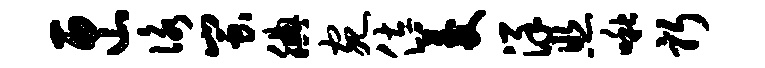
匣咏蚩腆宛佐菱详照啾躬